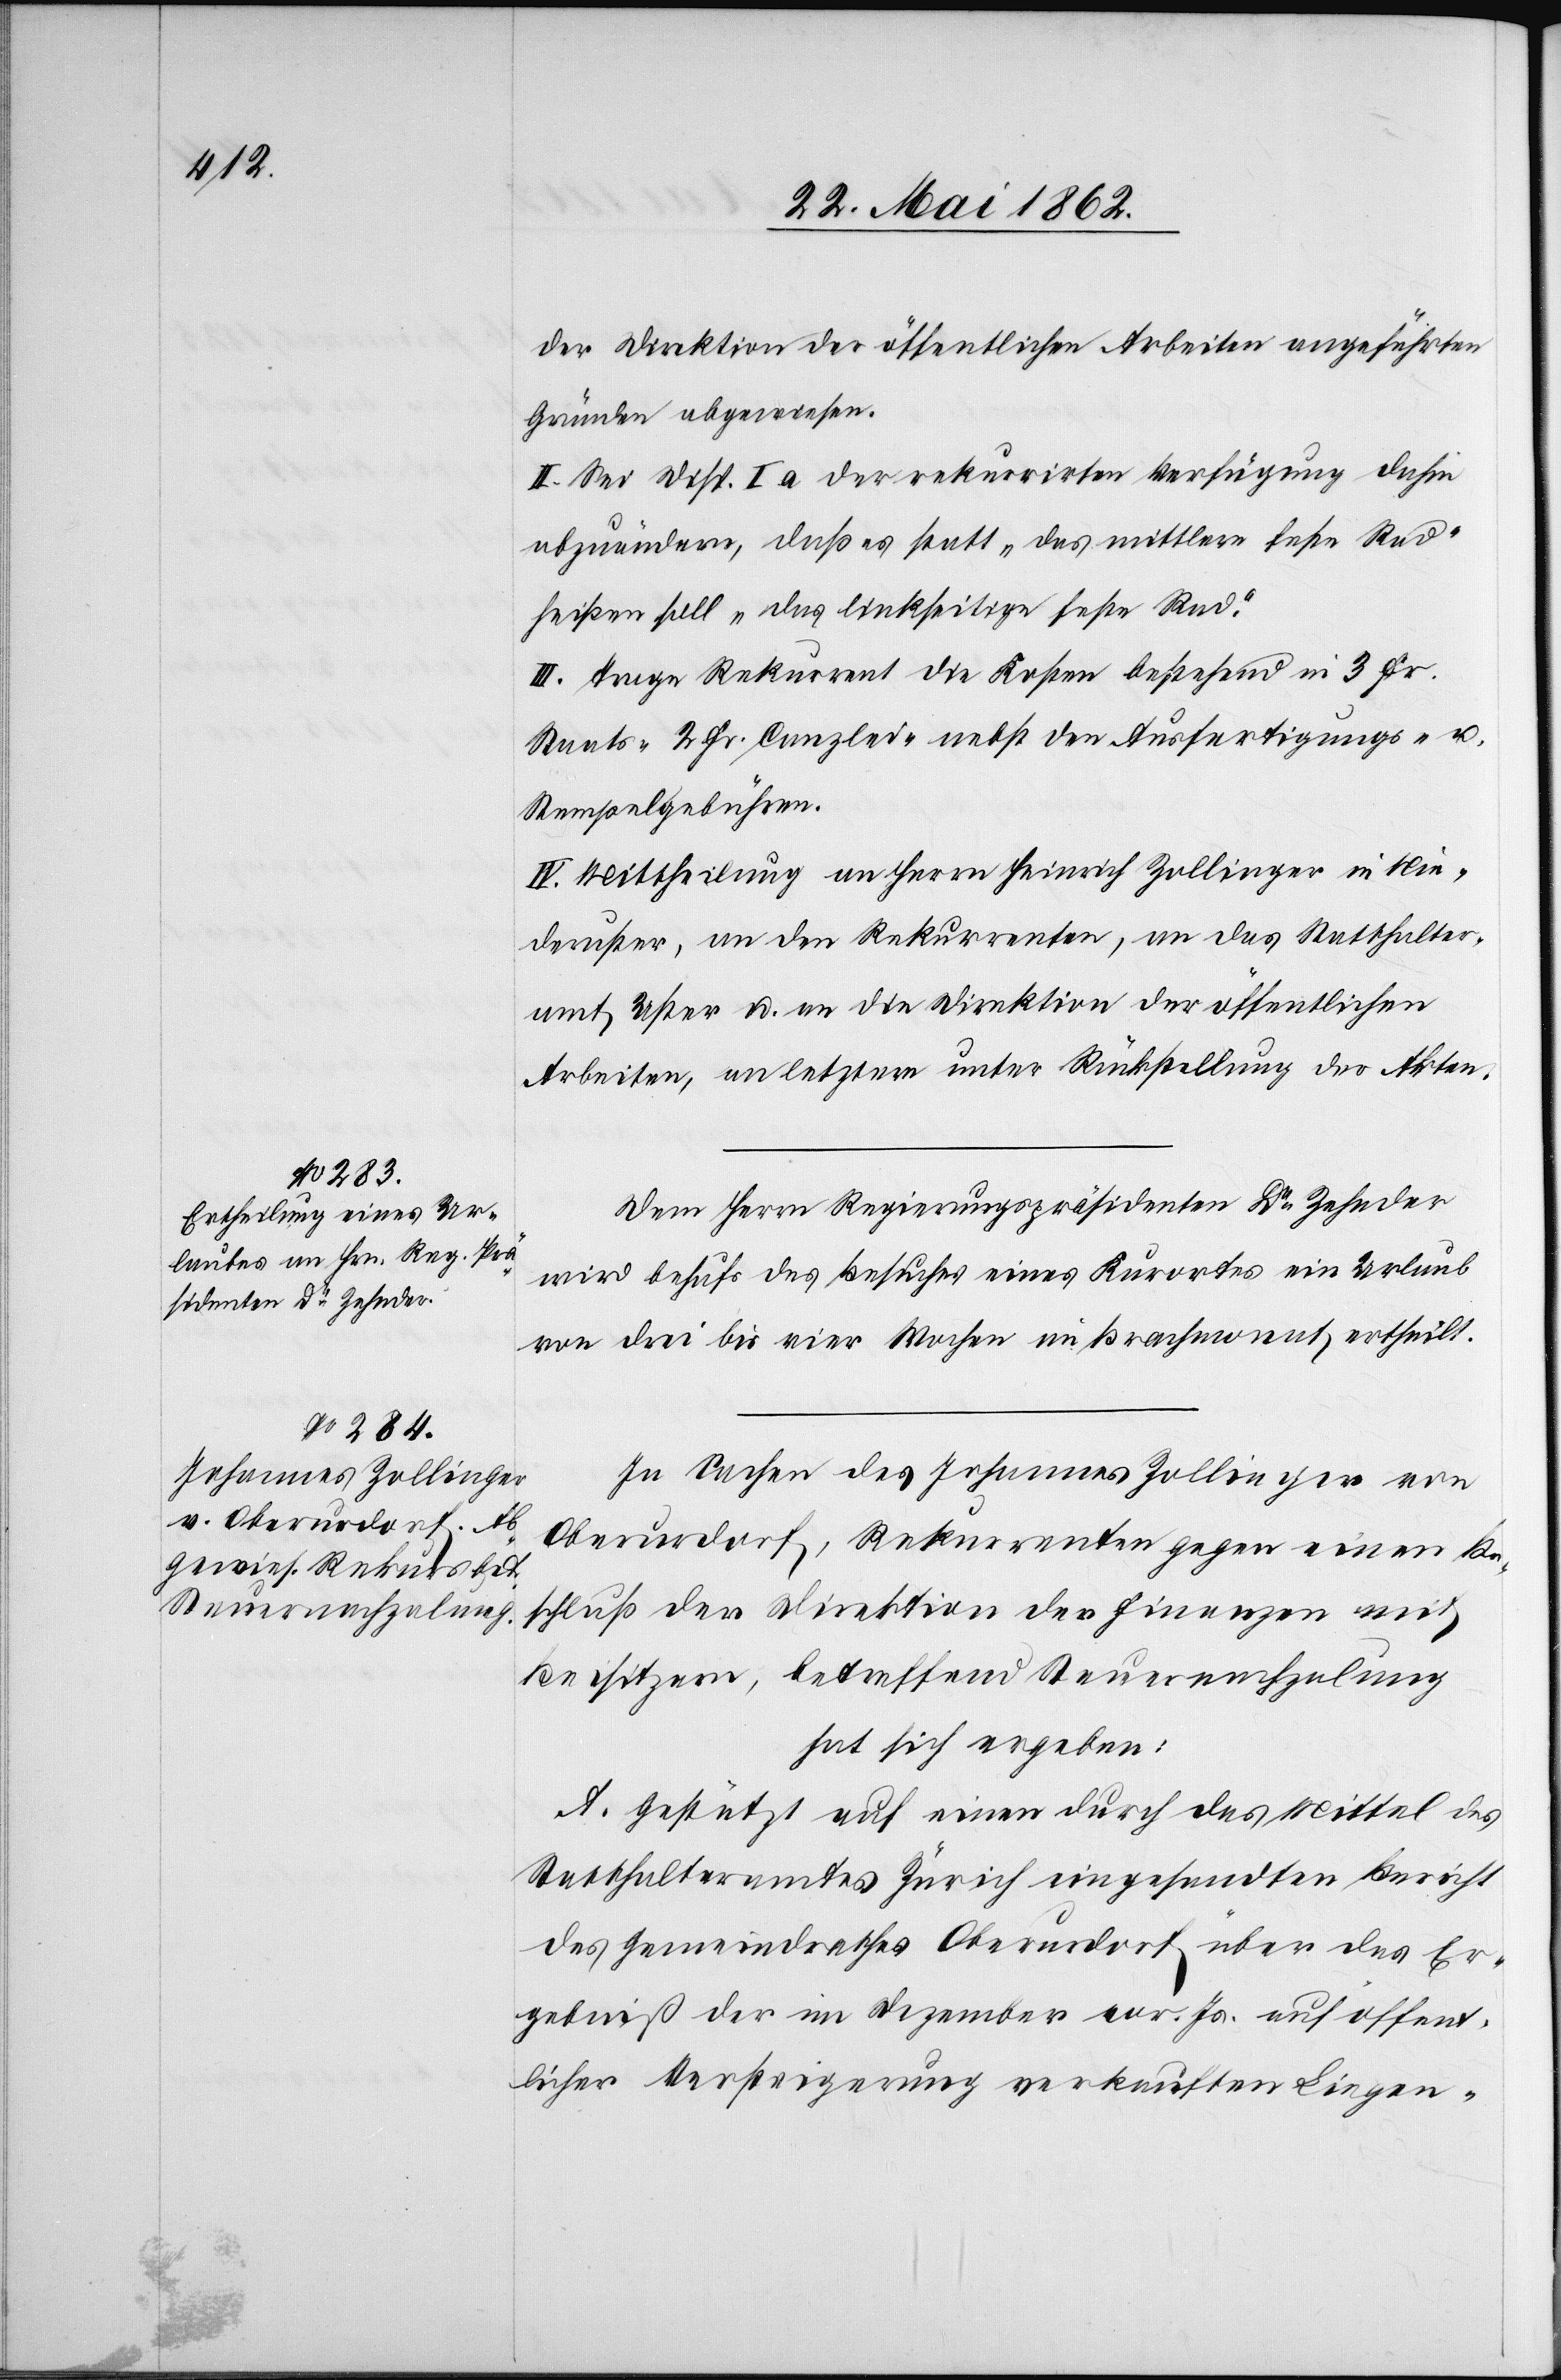
der Direktion der öffentlichen Arbeiten angeführten
Gründen abgewiesen.
II. Sei Disp. I a der rekurrirten Verfügung dahin
abzuändern, daß es statt „das mittlere feste Rad“
heißen soll „das linkseitige feste Rad.“
III. Trage Rekurrent die Kosten bestehend in 3 Fr.
Staats-[,] 2 Fr. Canzlei- nebst den Ausfertigungs- u.
Stempelgebühren.
IV. Mittheilung an Herrn Heinrich Zollinger in Nie¬
deruster, an den Rekurrenten, an das Statthalter¬
amt Uster u. an die Direktion der öffentlichen
Arbeiten, an letztere unter Rückstellung der Akten.
Dem Herrn Regierungspräsidenten Dr. Zehnder
wird behufs des Besuches eines Kurortes ein Urlaub
von drei bis vier Wochen im Brachmonat ertheilt.
In Sachen des Johannes Zollinger von
Oberurdorf, Rekurrenten gegen einen Be¬
schluß der Direktion der Finanzen mit
Beisitzern, betreffend Steuernachzalung
hat sich ergeben:
A. Gestützt auf einen durch das Mittel des
Statthalteramtes Zürich eingesandten Bericht
des Gemeindrathes Oberurdorf über das Er¬
gebniß der im Dezember vor. Js. auf öffent¬
licher Versteigerung verkauften Liegen-